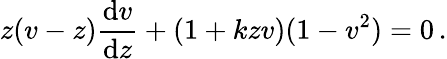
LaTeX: z(v-z){\frac{\mathrm{d}v}{\mathrm{d}z}}+(1+kzv)(1-v^{2})=0\, .